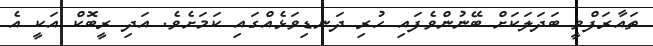
ތައާރަފްވީ ބަދަލަކަށް ބޭނުންވެފައި ހުރި ދަނޑިވަޅެއްގައި ކަމަށެވެ. އަދި ރީބޮކް އަކީ އެ